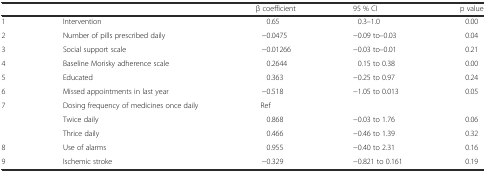
|  |  | β coefficient | 95 % CI | p value |
 | --- | --- | --- | --- | --- |
 | 1 | Intervention | 0.65 | 0.3–1.0 | 0.00 |
 | 2 | Number of pills prescribed daily | −0.0475 | −0.09 to–0.03 | 0.04 |
 | 3 | Social support scale | −0.01266 | −0.03 to–0.01 | 0.21 |
 | 4 | Baseline Morisky adherence scale | 0.2644 | 0.15 to 0.38 | 0.00 |
 | 5 | Educated | 0.363 | −0.25 to 0.97 | 0.24 |
 | 6 | Missed appointments in last year | −0.518 | −1.05 to 0.013 | 0.05 |
 | 7 | Dosing frequency of medicines once daily | Ref |  |  |
 |  | Twice daily | 0.868 | −0.03 to 1.76 | 0.06 |
 |  | Thrice daily | 0.466 | −0.46 to 1.39 | 0.32 |
 | 8 | Use of alarms | 0.955 | −0.40 to 2.31 | 0.16 |
 | 9 | Ischemic stroke | −0.329 | −0.821 to 0.161 | 0.19 |